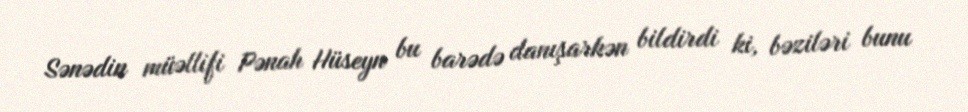
Sənədin müəllifi Pənah Hüseyn bu barədə danışarkən bildirdi ki, bəziləri bunu